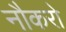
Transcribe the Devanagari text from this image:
नौकरो